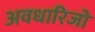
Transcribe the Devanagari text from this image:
अवधारिजो